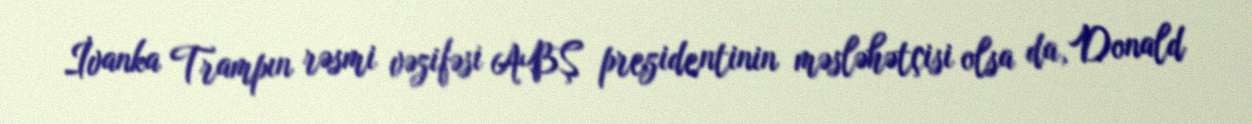
İvanka Trampın rəsmi vəzifəsi ABŞ prezidentinin məsləhətçisi olsa da, Donald